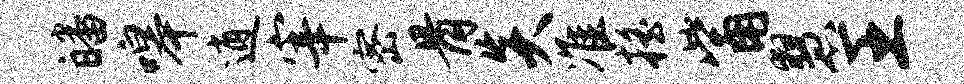
皤嗥逍宰密骨炎准摇觜慧王